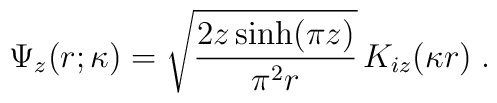
\Psi_{z} (r;\kappa)=\sqrt{  \frac{ 2 z \sinh ( \pi z )  }{ \pi^{2} r }  }\,K_{iz} (\kappa r) \;   .